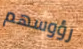
رؤوسهم